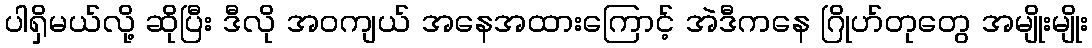
ပါရှိမယ်လို့ ဆိုပြီး ဒီလို အဝကျယ် အနေအထားကြောင့် အဲဒီကနေ ဂြိုဟ်တုတွေ အမျိုးမျိုး